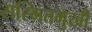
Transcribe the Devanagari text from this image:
सस्मितमुखी